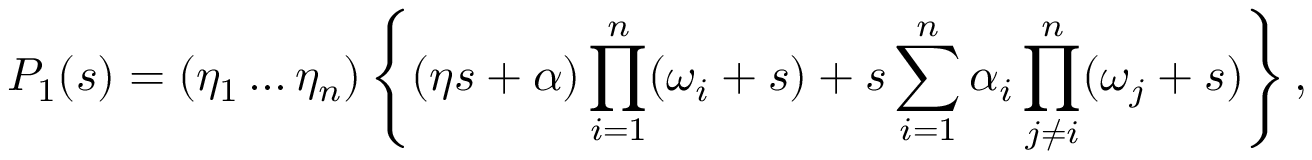
P _ { 1 } ( s ) = ( \eta _ { 1 } \ldots \eta _ { n } ) \left\{ ( \eta s + \alpha ) \prod _ { i = 1 } ^ { n } ( \omega _ { i } + s ) + s \sum _ { i = 1 } ^ { n } \alpha _ { i } \prod _ { j \ne i } ^ { n } ( \omega _ { j } + s ) \right\} ,